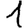
Digit: 1